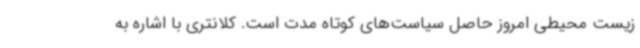
زیست محیطی امروز حاصل سیاست‌های کوتاه مدت است. کلانتری با اشاره به